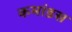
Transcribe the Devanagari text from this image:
कमांडस